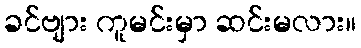
ခင်ဗျား ကူမင်းမှာ ဆင်းမလား။